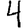
Digit: 4